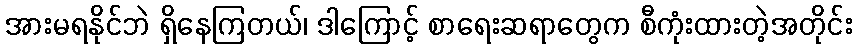
အားမရနိုင်ဘဲ ရှိနေကြတယ်၊ ဒါကြောင့် စာရေးဆရာတွေက စီကုံးထားတဲ့အတိုင်း